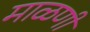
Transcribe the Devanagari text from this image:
माळणी